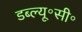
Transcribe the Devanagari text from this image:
डब्ल्यू॰सी॰